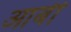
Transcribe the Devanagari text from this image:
आबी